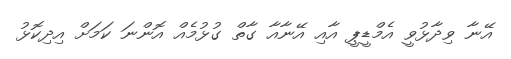
އޭނާ ވިދާޅުވީ އެމްޑީޕީ އާއި އޭނާއާ ގާތް ގުޅުމެއް އޮންނަ ކަމަށް އިދިކޮޅު